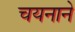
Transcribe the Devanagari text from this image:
चयनाने